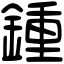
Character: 鍾